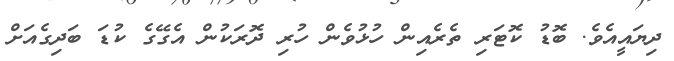
ދިޔައީއެވެ. ބޮޑު ކޮޓަރި ތެރެއިން ހުޅުވެން ހުރި ދޮރަކުން އެގޭގެ ކުޑަ ބަދިގެއަށް